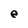
Character: e